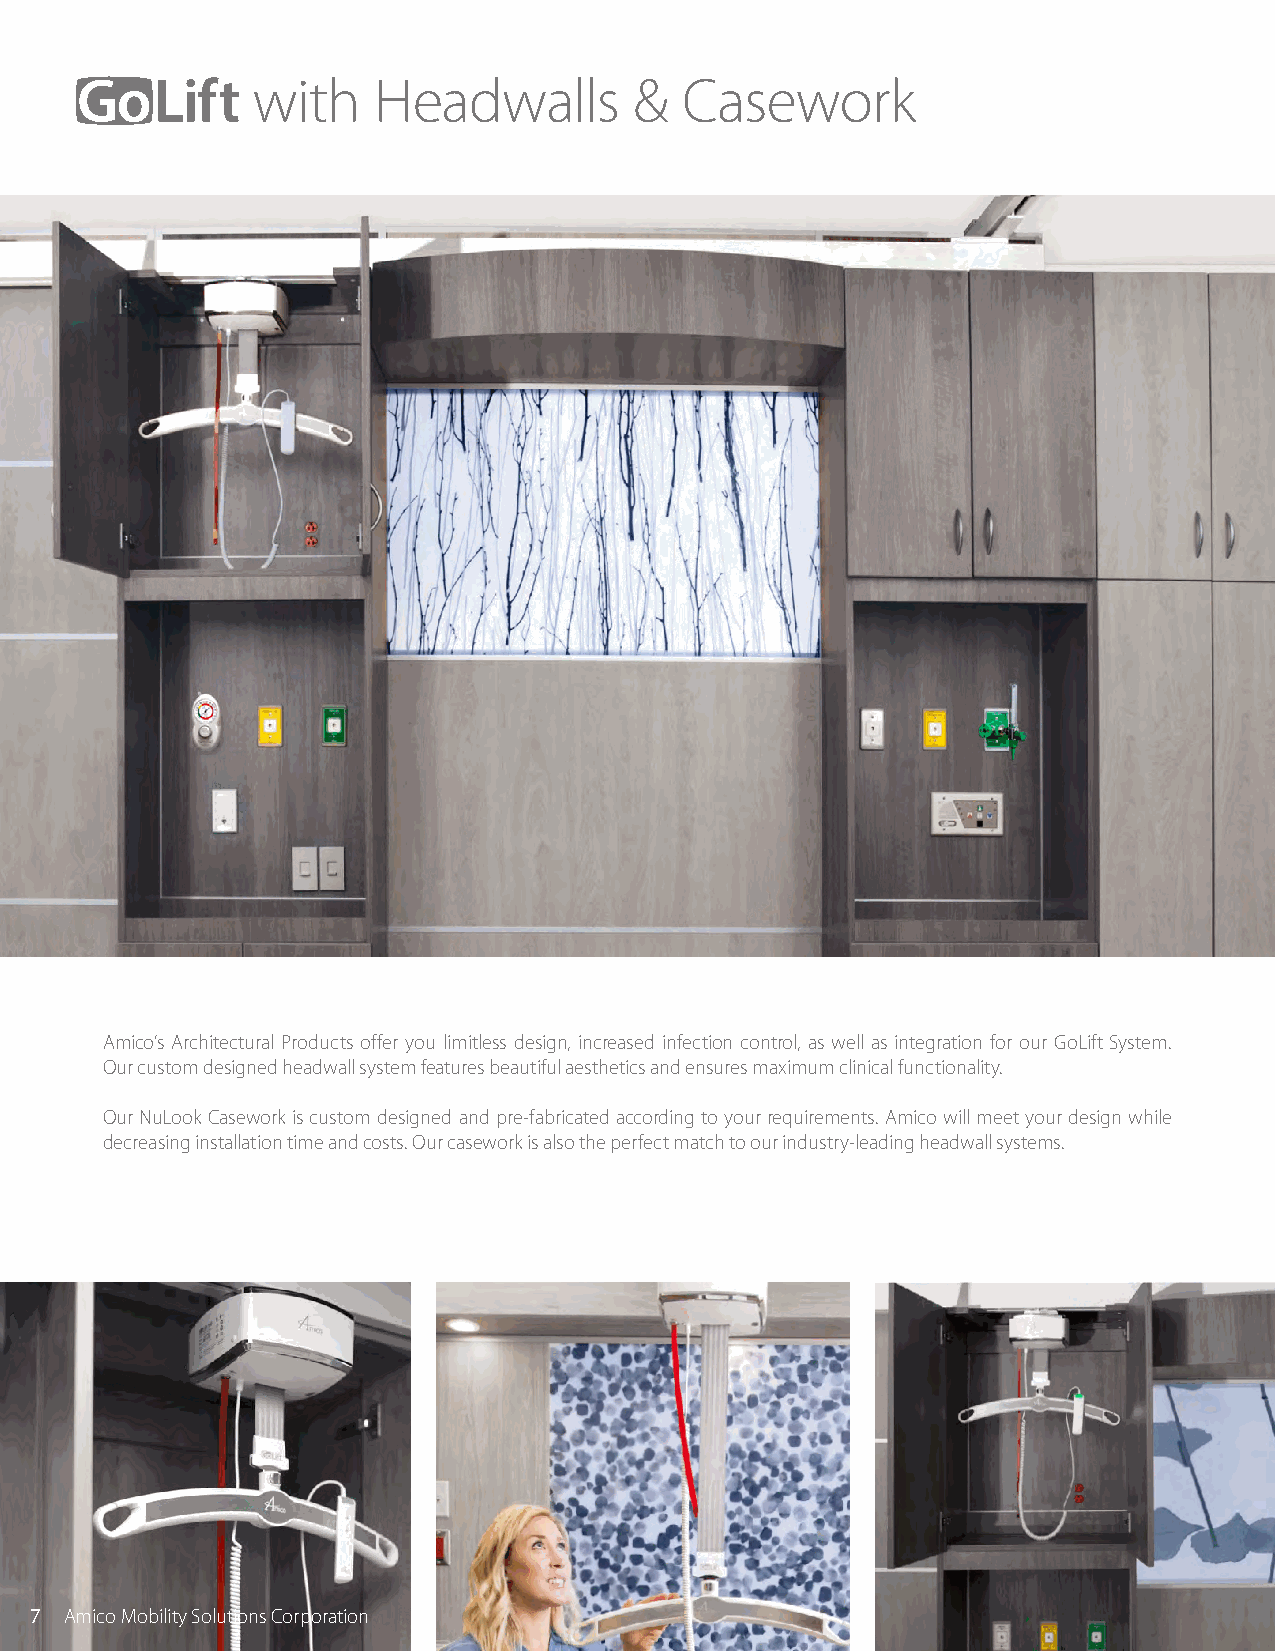
with    Headwalls        &  Casework
 Amico’s Architectural Products offer you limitless design, increased infection control, as well as integration for our GoLift System.
 Our custom designed headwall system features beautiful aesthetics and ensures maximum clinical functionality.
 Our NuLook Casework is custom designed and pre-fabricated according to your requirements. Amico will meet your design while
 decreasing installation time and costs. Our casework is also the perfect match to our industry-leading headwall systems.
 7 Amico Mobility Solutions Corporation